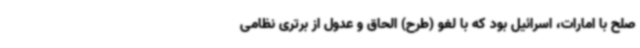
صلح با امارات، اسرائیل بود که با لغو (طرح) الحاق و عدول از برتری نظامی